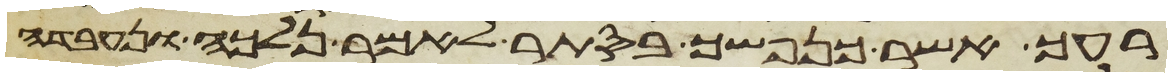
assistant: רעך אשר כנפשך בסתר לאמר נלכה ונעבדה